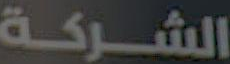
الشركة